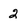
Character: 2